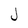
Character: J